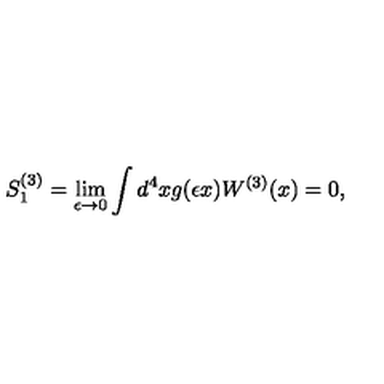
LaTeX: S _ { 1 } ^ { ( 3 ) } = \lim _ { \epsilon \to 0 } \int d ^ { 4 } x g ( \epsilon x ) W ^ { ( 3 ) } ( x ) = 0 ,